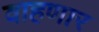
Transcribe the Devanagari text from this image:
वाहणार